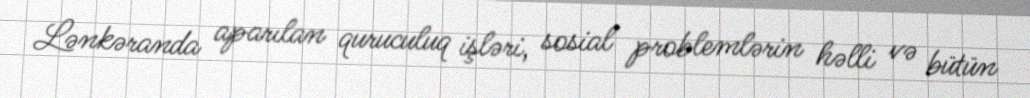
Lənkəranda aparılan quruculuq işləri, sosial problemlərin həlli və bütün